Report on vaccination in the Province of Bengal - 1874-1889
Year: 1874
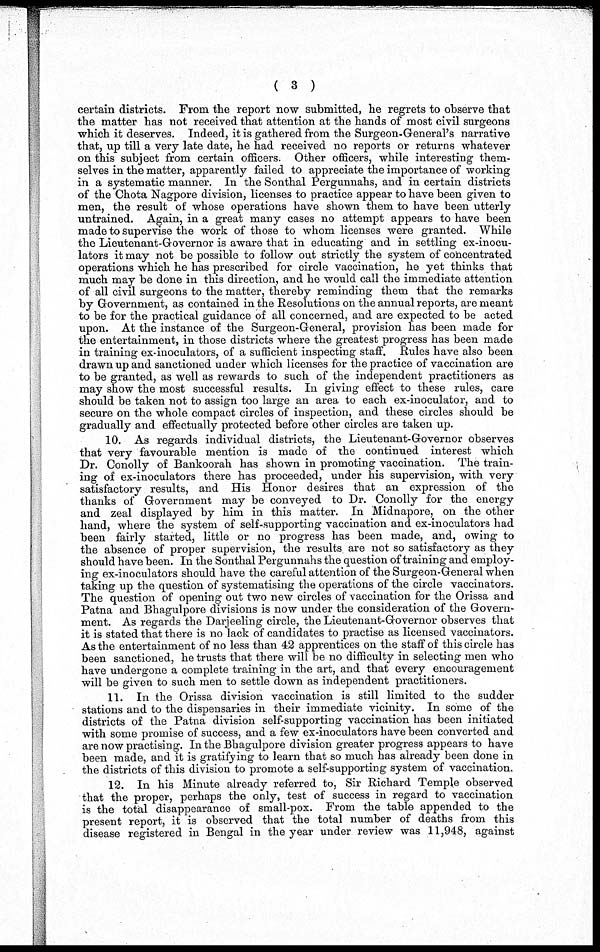
( 3 )
certain districts. From the report now submitted, he regrets to observe that
the matter has not received that attention at the hands of most civil surgeons
which it deserves. Indeed, it is gathered from the Surgeon-General's narrative
that, up till a very late date, he had received no reports or returns whatever
on this subject from certain officers. Other officers, while interesting them-
selves in the matter, apparently failed to appreciate the importance of working
in a systematic manner. In the Sonthal Pergunnahs, and in certain districts
of the Chota Nagpore division, licenses to practice appear to have been given to
men, the result of whose operations have shown them to have been utterly
untrained. Again, in a great many cases no attempt appears to have been
made to supervise the work of those to whom licenses were granted. While
the Lieutenant-Governor is aware that in educating and in settling ex-inocu-
lators it may not be possible to follow out strictly the system of concentrated
operations which he has prescribed for circle vaccination, he yet thinks that
much may be done in this direction, and he would call the immediate attention
of all civil surgeons to the matter, thereby reminding them that the remarks
by Government, as contained in the Resolutions on the annual reports, are meant
to be for the practical guidance of all concerned, and are expected to be acted
upon. At the instance of the Surgeon-General, provision has been made for
the entertainment, in those districts where the greatest progress has been made
in training ex-inoculators, of a sufficient inspecting staff. Rules have also been
drawn up and sanctioned under which licenses for the practice of vaccination are
to be granted, as well as rewards to such of the independent practitioners as
may show the most successful results. In giving effect to these rules, care
should be taken not to assign too large an area to each ex-inoculator, and to
secure on the whole compact circles of inspection, and these circles should be
gradually and effectually protected before other circles are taken up.
10. As regards individual districts, the Lieutenant-Governor observes
that very favourable mention is made of the continued interest which
Dr. Conolly of Bankoorah has shown in promoting vaccination. The train-
ing of ex-inoculators there has proceeded, under his supervision, with very
satisfactory results, and His Honor desires that an expression of the
thanks of Government may be conveyed to Dr. Conolly for the energy
and zeal displayed by him in this matter. In Midnapore, on the other
hand, where the system of self-supporting vaccination and ex-inoculators had
been fairly started, little or no progress has been made, and, owing to
the absence of proper supervision, the results are not so satisfactory as they
should have been. In the Sonthal Pergunnahs the question of training and employ-
ing ex-inoculators should have the careful attention of the Surgeon-General when
taking up the question of systematising the operations of the circle vaccinators.
The question of opening out two new circles of vaccination for the Orissa and
Patna and Bhagulpore divisions is now under the consideration of the Govern-
ment. As regards the Darjeeling circle, the Lieutenant-Governor observes that
it is stated that there is no lack of candidates to practise as licensed vaccinators.
As the entertainment of no less than 42 apprentices on the staff of this circle has
been sanctioned, he trusts that there will be no difficulty in selecting men who
have undergone a complete training in the art, and that every encouragement
will be given to such men to settle down as independent practitioners.
11. In the Orissa division vaccination is still limited to the sudder
stations and to the dispensaries in their immediate vicinity. In some of the
districts of the Patna division self-supporting vaccination has been initiated
with some promise of success, and a few ex-inoculators have been converted and
are now practising. In the Bhagulpore division greater progress appears to have
been made, and it is gratifying to learn that so much has already been done in
the districts of this division to promote a self-supporting system of vaccination.
12. In his Minute already referred to, Sir Richard Temple observed
that the proper, perhaps the only, test of success in regard to vaccination
is the total disappearance of small-pox. From the table appended to the
present report, it is observed that the total number of deaths from this
disease registered in Bengal in the year under review was 11,948, against